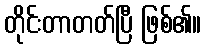
တိုင်းတာတတ်ပြီ ဖြစ်၏။